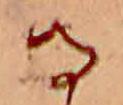
る